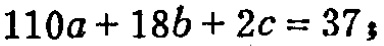
\(110a + 18b + 2c = 37\)